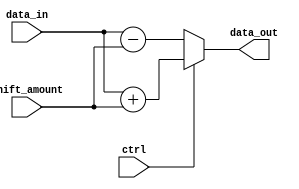
module Hybrid_Barrel_Shifter(input signed [31:0] data_in,
                                input [4:0] shift_amount,
                                input ctrl,
                                output reg signed [31:0] data_out
                               );
  
  always @ (data_in, shift_amount)
    begin
      if (ctrl == 1)
        data_out = data_in + shift_amount;
      else
        data_out = data_in - shift_amount;
    end
  
endmodule